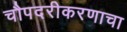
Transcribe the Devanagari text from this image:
चौपदरीकरणाचा